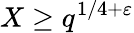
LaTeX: X\geq q^{1/4+\varepsilon}